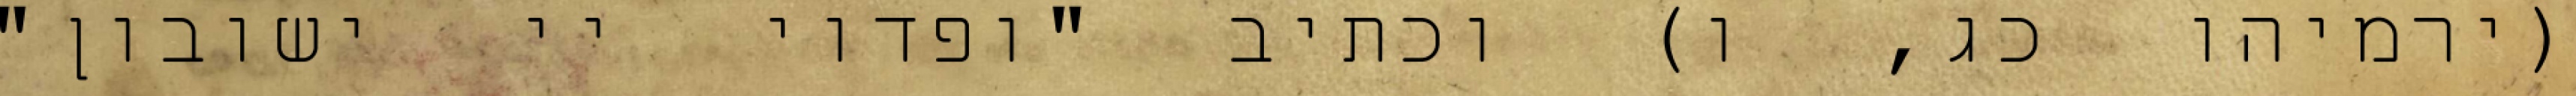
(ירמיהו כג, ו) וכתיב "ופדוי יי ישובון"